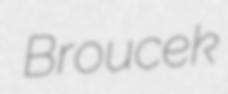
Broucek